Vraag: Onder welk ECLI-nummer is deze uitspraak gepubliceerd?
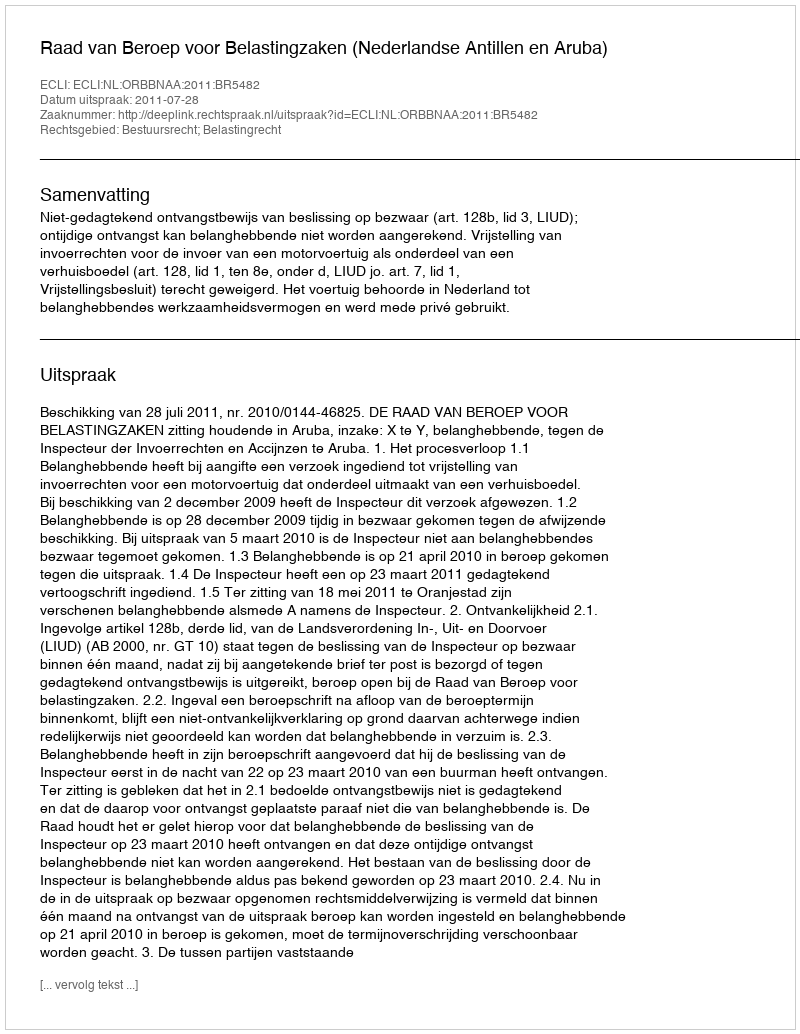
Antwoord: ECLI:NL:ORBBNAA:2011:BR5482